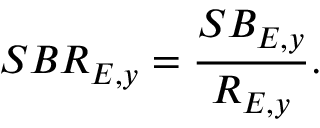
S B R _ { E , y } = \frac { S B _ { E , y } } { R _ { E , y } } .